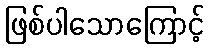
ဖြစ်ပါသောကြောင့်